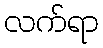
လက်ရာ